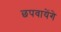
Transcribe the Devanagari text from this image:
छपवायेंगे